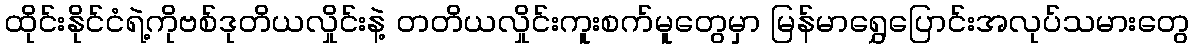
ထိုင်းနိုင်ငံရဲ့ကိုဗစ်ဒုတိယလှိုင်းနဲ့ တတိယလှိုင်းကူးစက်မူတွေမှာ မြန်မာရွှေပြောင်းအလုပ်သမားတွေ